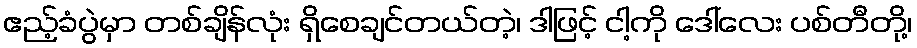
ဧည့်ခံပွဲမှာ တစ်ချိန်လုံး ရှိစေချင်တယ်တဲ့၊ ဒါဖြင့် ငါ့ကို ဒေါ်လေး ပစ်တီတို့၊